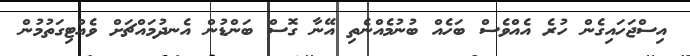
އިސްޖަހައިގެން ހުރެ އެއްވެސް ބަހެއް ބުނުމެއްނެތި އޭނާ ގޮސް ބަންޑުން އެނދުމައްޗަށް ވެއްޓިގަތުމުން